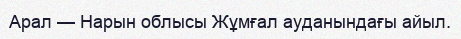
Арал — Нарын облысы Жұмғал ауданындағы айыл.